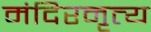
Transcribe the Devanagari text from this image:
मंदिरनृत्य